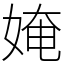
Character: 㛪